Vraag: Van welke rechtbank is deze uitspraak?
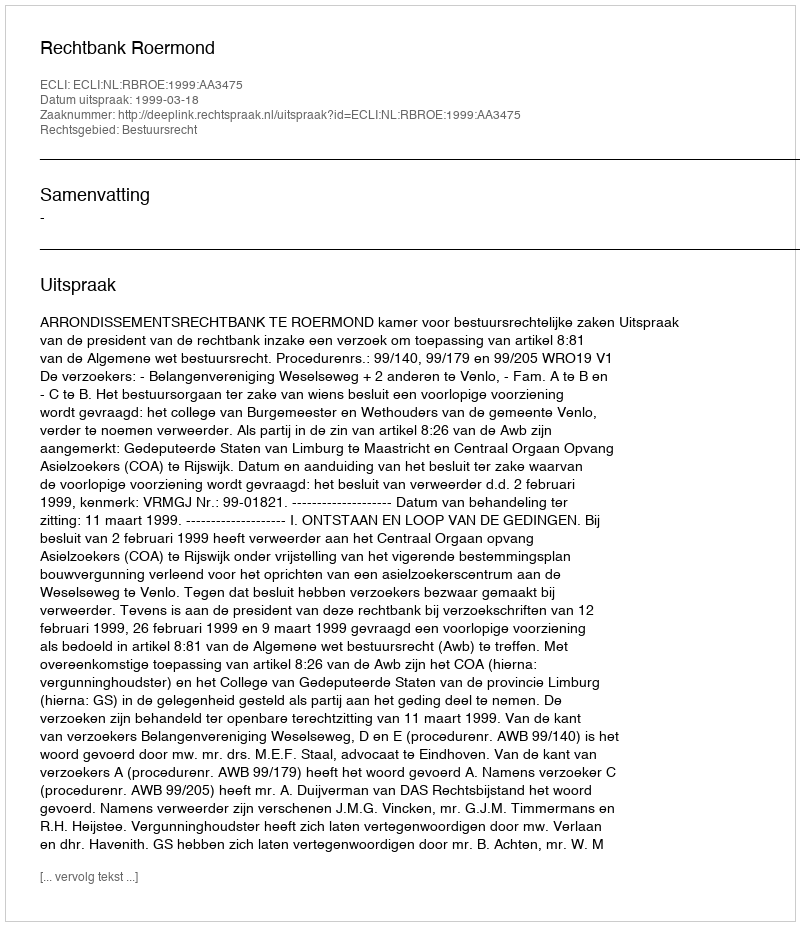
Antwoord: Rechtbank Roermond